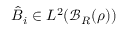
\hat { B } _ { i } \in L ^ { 2 } { \left( \mathcal { B } _ { R } ( { \boldsymbol \rho } ) \right) }